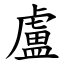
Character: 盧